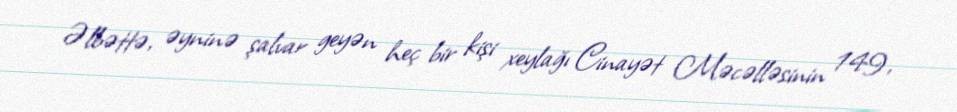
Əlbəttə, əyninə şalvar geyən heç bir kişi xeylağı Cinayət Məcəlləsinin 149,